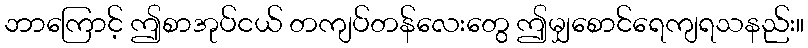
ဘာကြောင့် ဤစာအုပ်ငယ် တကျပ်တန်လေးတွေ ဤမျှစောင်ရေကျရသနည်း။